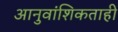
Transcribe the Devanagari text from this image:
आनुवांशिकताही